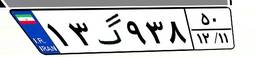
۹۹گ۱۱۵۸۶